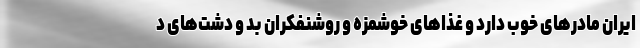
ایران مادرهای خوب دارد و غذاهای خوشمزه و روشنفکران بد و دشت‌های د